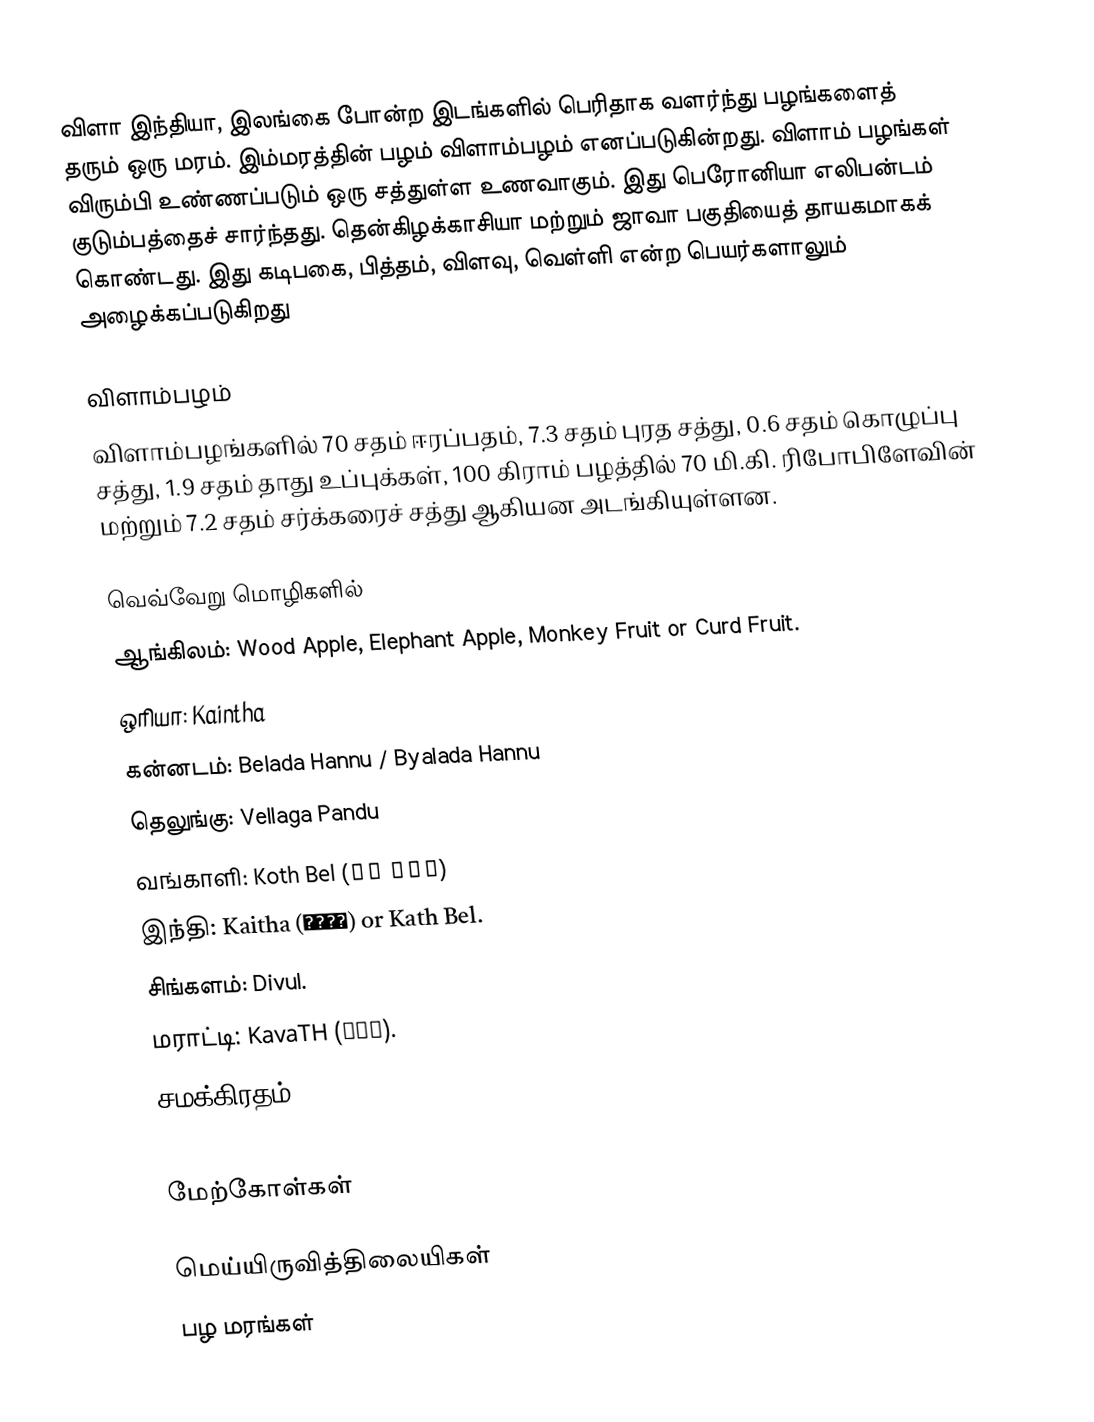
விளா இந்தியா, இலங்கை போன்ற இடங்களில் பெரிதாக வளர்ந்து பழங்களைத் தரும் ஒரு மரம். இம்மரத்தின் பழம் விளாம்பழம் எனப்படுகின்றது. விளாம் பழங்கள் விரும்பி உண்ணப்படும் ஒரு சத்துள்ள உணவாகும். இது பெரோனியா எலிபன்டம் குடும்பத்தைச் சார்ந்தது. தென்கிழக்காசியா மற்றும் ஜாவா பகுதியைத் தாயகமாகக் கொண்டது. இது கடிபகை, பித்தம், விளவு, வெள்ளி என்ற பெயர்களாலும் அழைக்கப்படுகிறது

விளாம்பழம்
விளாம்பழங்களில் 70 சதம் ஈரப்பதம், 7.3 சதம் புரத சத்து, 0.6 சதம் கொழுப்பு சத்து, 1.9 சதம் தாது உப்புக்கள், 100 கிராம் பழத்தில் 70 மி.கி. ரிபோபிளேவின் மற்றும் 7.2 சதம் சர்க்கரைச் சத்து ஆகியன அடங்கியுள்ளன.

வெவ்வேறு மொழிகளில்
 ஆங்கிலம்: Wood Apple, Elephant Apple, Monkey Fruit or Curd Fruit.
 ஒரியா: Kaintha
 கன்னடம்: Belada Hannu / Byalada Hannu
 தெலுங்கு: Vellaga Pandu
 வங்காளி: Koth Bel (কৎ বেল)
 இந்தி: Kaitha (कैथा) or Kath Bel.
 சிங்களம்: Divul.
 மராட்டி: KavaTH (कवठ).
 சமக்கிரதம்: Kapittha (कपित्थ),  Dadhistha, Surabhicchada, Kapipriya, Dadhi, Puṣpapahala , Dantasātha, Phalasugandhika, Cirapākī, Karabhithū, Kanṭī, Gandhapatra, Grāhiphala, Kaṣāyāmlaphala.

மேற்கோள்கள்

மெய்யிருவித்திலையிகள்
பழ மரங்கள்